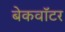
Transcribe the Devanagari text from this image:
बेकवॉटर